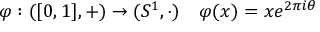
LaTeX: \varphi : ( [ 0 , 1 ] , + ) \to ( S ^ { 1 } , \cdot ) \quad \varphi ( x ) = x e ^ { 2 \pi i \theta }